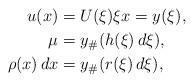
LaTeX: \begin{align*}u(x)&=U(\xi) \xi x=y(\xi),\\\mu&=y_\#(h(\xi)\,d\xi),\\\rho(x)\,dx&=y_\#(r(\xi)\,d\xi),\end{align*}